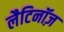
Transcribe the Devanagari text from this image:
लैटिनॉज़